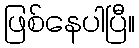
ဖြစ်နေပါပြီ။